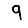
Digit: 9